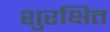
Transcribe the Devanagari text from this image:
शुरक्षित